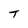
Character: T